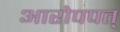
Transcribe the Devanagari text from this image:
आरोपपत्